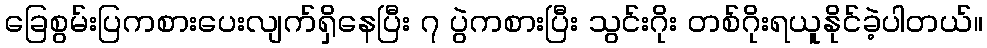
ခြေစွမ်းပြကစားပေးလျက်ရှိနေပြီး ၇ ပွဲကစားပြီး သွင်းဂိုး တစ်ဂိုးရယူနိုင်ခဲ့ပါတယ်။